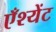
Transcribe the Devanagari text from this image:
एँश्येंट